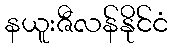
နယူးဇီလန်နိုင်ငံ